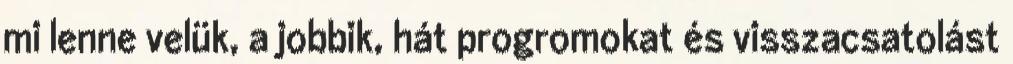
mi lenne velük, a jobbik, hát progromokat és visszacsatolást